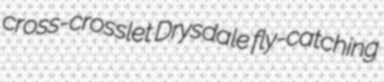
cross-crosslet Drysdale fly-catching